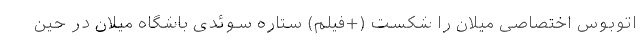
اتوبوس اختصاصی میلان را شکست (+فیلم) ستاره سوئدی باشگاه میلان در حین